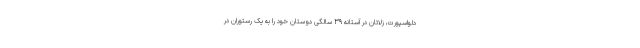
دلواسپورت، زلاتان در آستانه ۳۹ سالگی دوستان خود را به یک رستوران در